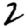
Digit: 2